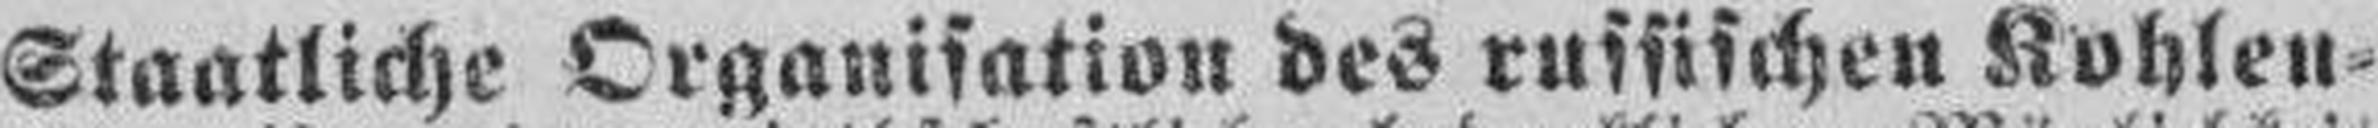
Staatliche Organisation des russischen Kohlen¬